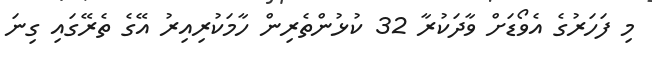
މި ފަހަރުގެ އެވޯޑަށް ވާދަކުރާ 32 ކުޅުންތެރިން ހާމަކުރިއިރު އޭގެ ތެރޭގައި ގިނަ